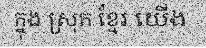
ក្នុង ស្រុក ខ្មែរ យើង